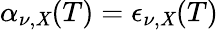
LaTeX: \alpha_{\nu,\mathit{X}}(T)=\epsilon_{\nu,\mathit{X}}(T)